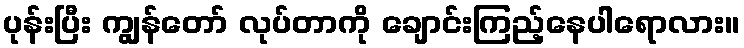
ပုန်းပြီး ကျွန်တော် လုပ်တာကို ချောင်းကြည့်နေပါရောလား။